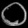
Digit: ၀